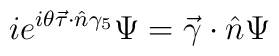
ie^{i\theta \vec\tau \cdot \hat n \gamma_5} \Psi = \vec \gamma \cdot \hat n \Psi